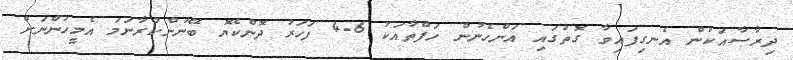
ދިރާސާއަކުން އެނގިފައިވާ ގޮތުގައި އަންހެނުން ހަފްތާއަކު 6-4 ފަހަރު ދޮންކެޔޮ ބޭނުންކުރާނަމަ އެމީހުންނަށް